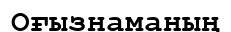
Оғызнаманың